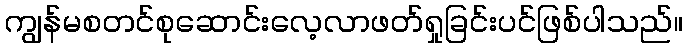
ကျွန်မစတင်စုဆောင်းလေ့လာဖတ်ရှုခြင်းပင်ဖြစ်ပါသည်။